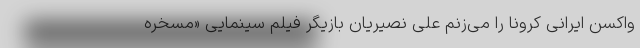
واکسن ایرانی کرونا را می‌زنم علی نصیریان بازیگر فیلم سینمایی «مسخره